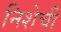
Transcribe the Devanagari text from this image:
निशेची